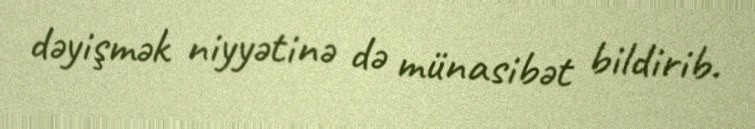
dəyişmək niyyətinə də münasibət bildirib.